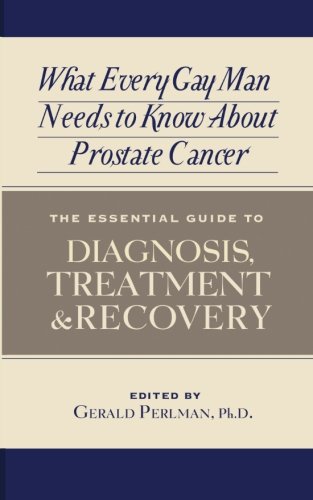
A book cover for What Every Gay Man Needs to Know about Prostate Cancer: The Essential Guide to Diagnosis, Treatment, and Recovery; Health, Fitness & Dieting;